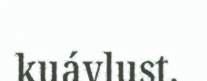
kuávlust.